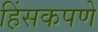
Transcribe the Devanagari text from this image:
हिंसकपणे